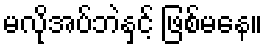
မလိုအပ်ဘဲနှင့် ဖြစ်မနေ။